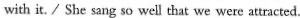
with it. / She sang so well that we were attracted.